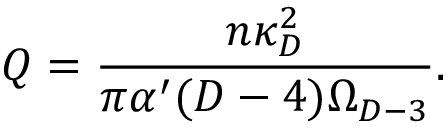
Q = { \frac { n \kappa _ { D } ^ { 2 } } { \pi \alpha ^ { \prime } ( D - 4 ) \Omega _ { D - 3 } } } .